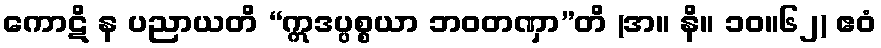
ကောဋိ န ပညာယတိ “ဣဒပ္ပစ္စယာ ဘဝတဏှာ”တိ (အ။ နိ။ ၁၀။၆၂) ဧဝံ